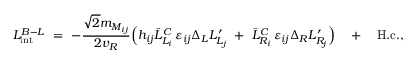
{ \cal L } _ { \mathrm { i n t } } ^ { B - L } \ = \ - \frac { \sqrt { 2 } m _ { M _ { i j } } } { 2 v _ { R } } \Big ( h _ { i j } \bar { L } _ { L _ { i } } ^ { C } \, \varepsilon _ { i j } \Delta _ { L } L _ { L _ { j } } ^ { \prime } \ + \ \bar { L } _ { R _ { i } } ^ { C } \, \varepsilon _ { i j } \Delta _ { R } L _ { R _ { j } } ^ { \prime } \Big ) \quad + \quad \mathrm { H . c . } ,